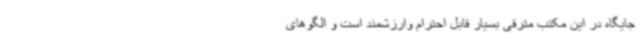
جایگاه در این مکتب مترقی بسیار قابل احترام وارزشمند است و الگوهای